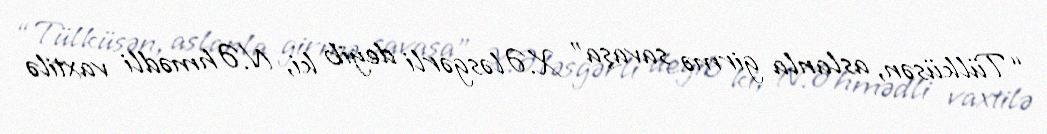
“Tülküsən, aslanla girmə savaşa” X.Ələsgərli deyib ki, N.Əhmədli vaxtilə